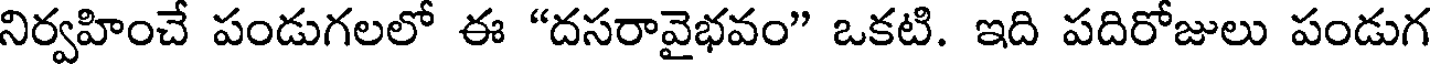
నిర్వహించే పండుగలలో ఈ "దసరావైభవం" ఒకటి. ఇది పదిరోజులు పండుగ